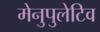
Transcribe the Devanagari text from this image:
मेनुपुलेटिव